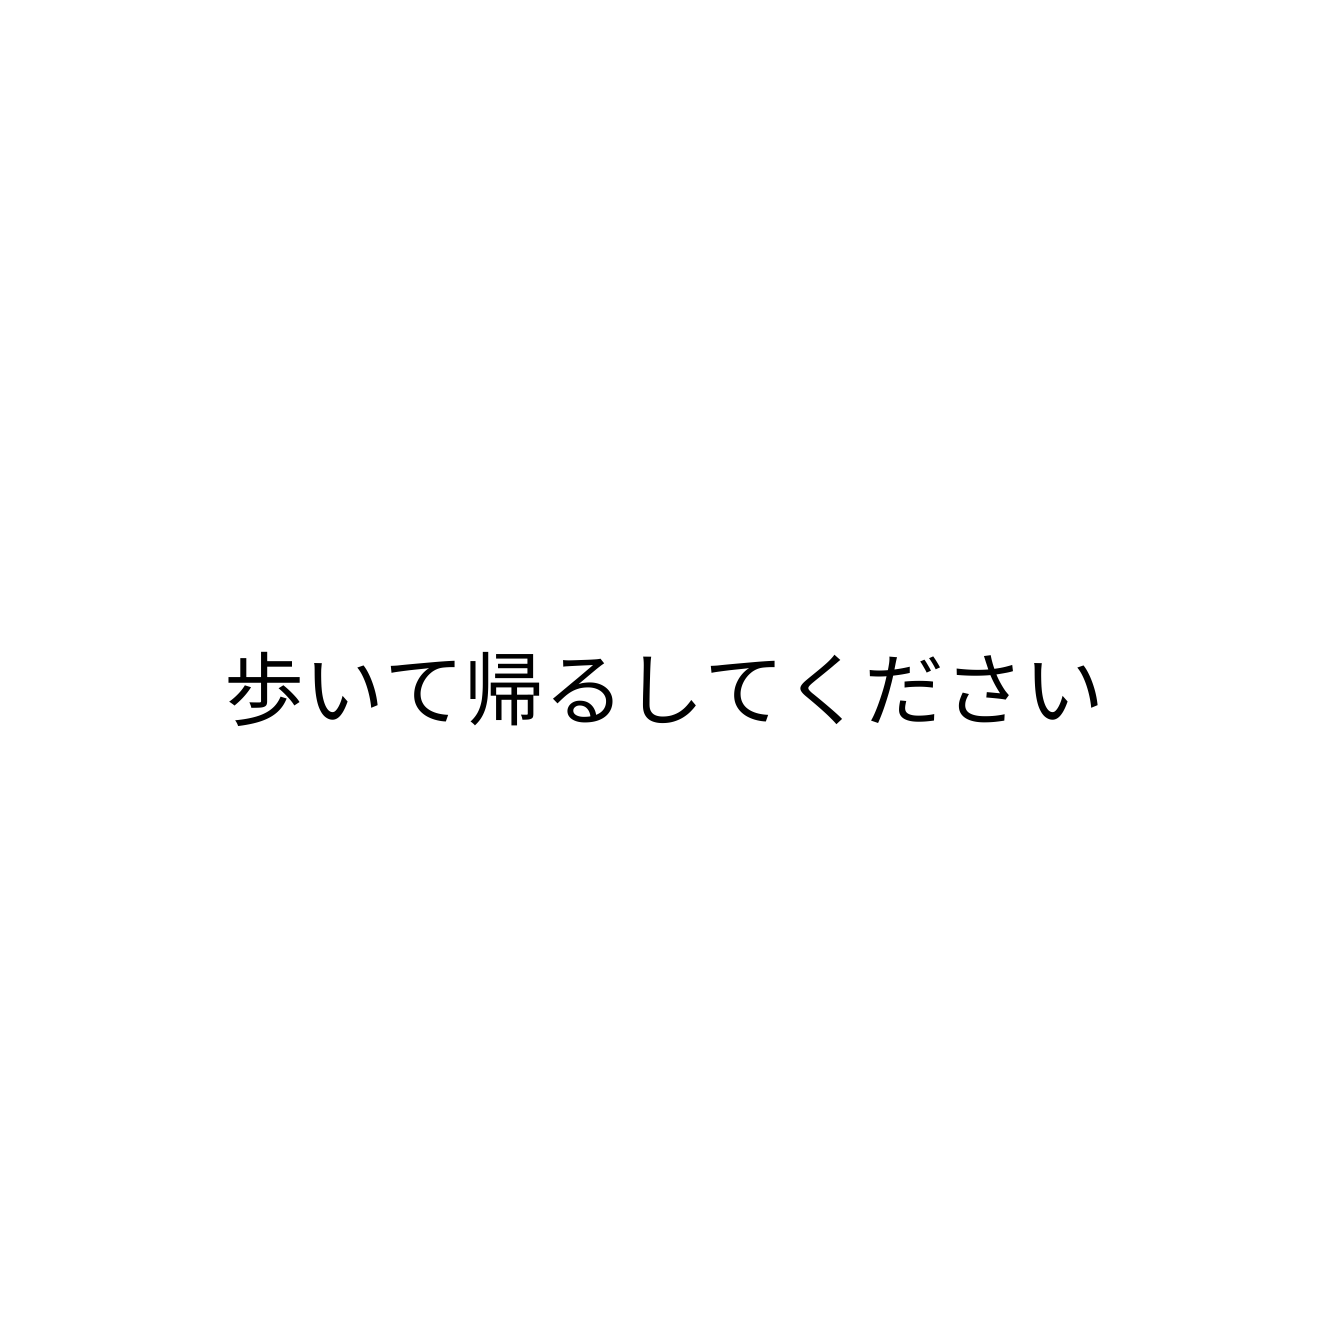
歩いて帰るしてください